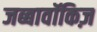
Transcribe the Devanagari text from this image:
जब्बावॉकिज़